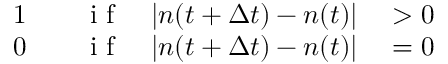
\begin{array} { r l r l } { 1 } & { { } \quad \mathrm { ~ i ~ f ~ } } & { | n ( t + \Delta t ) - n ( t ) | } & { { } > 0 } \\ { 0 } & { { } \quad \mathrm { ~ i ~ f ~ } } & { | n ( t + \Delta t ) - n ( t ) | } & { { } = 0 } \end{array}